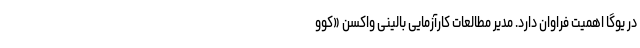
در یوگا اهمیت فراوان دارد. مدیر مطالعات کارآزمایی بالینی واکسن «کوو